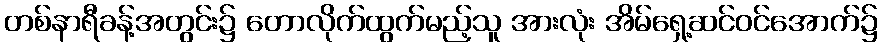
တစ်နာရီခန့်အတွင်း၌ တောလိုက်ထွက်မည့်သူ အားလုံး အိမ်ရှေ့ဆင်ဝင်အောက်၌